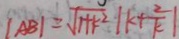
\vert A B \vert = \sqrt { 1 + k ^ { 2 } } \vert k + \frac { 2 } { k } \vert